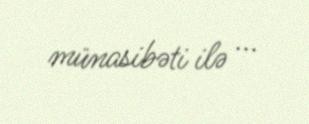
münasibəti ilə ...